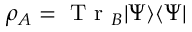
\rho _ { A } = \mathrm { ~ T ~ r ~ } _ { B } | \Psi \rangle \langle \Psi |